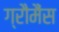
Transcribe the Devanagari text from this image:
ग्रौमैंस